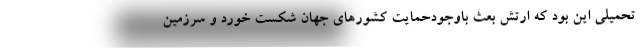
تحمیلی این بود که ارتش بعث باوجودحمایت کشورهای جهان شکست خورد و سرزمین